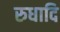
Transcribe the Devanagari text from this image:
रुधादि